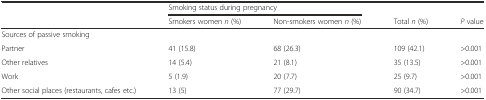
<table><thead><tr><td></td><td colspan="2"><b>Smoking status during pregnancy</b></td><td></td><td></td></tr><tr><td></td><td><b>Smokers women <i>n</i> (%)</b></td><td><b>Non-smokers women <i>n</i> (%)</b></td><td><b>Total <i>n</i> (%)</b></td><td><b><i>P</i> value</b></td></tr></thead><tbody><tr><td colspan="5">Sources of passive smoking</td></tr><tr><td>Partner</td><td>41 (15.8)</td><td>68 (26.3)</td><td>109 (42.1)</td><td>&gt;0.001</td></tr><tr><td>Other relatives</td><td>14 (5.4)</td><td>21 (8.1)</td><td>35 (13.5)</td><td>&gt;0.001</td></tr><tr><td>Work</td><td>5 (1.9)</td><td>20 (7.7)</td><td>25 (9.7)</td><td>&gt;0.001</td></tr><tr><td>Other social places (restaurants, cafes etc.)</td><td>13 (5)</td><td>77 (29.7)</td><td>90 (34.7)</td><td>&gt;0.001</td></tr></tbody></table>